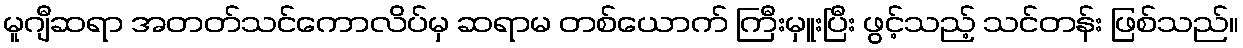
မူဂျီဆရာ အတတ်သင်ကောလိပ်မှ ဆရာမ တစ်ယောက် ကြီးမှူးပြီး ဖွင့်သည့် သင်တန်း ဖြစ်သည်။